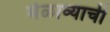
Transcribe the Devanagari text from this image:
मेळाव्याची